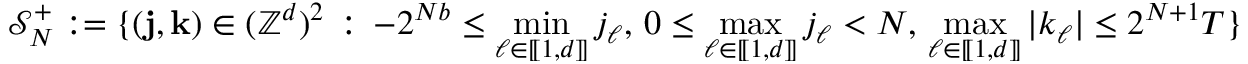
\mathcal { S } _ { N } ^ { + } : = \{ ( \mathbf { j } , \mathbf { k } ) \in ( \mathbb { Z } ^ { d } ) ^ { 2 } \, : \, - 2 ^ { N b } \leq \operatorname* { m i n } _ { \ell \in [ \! [ 1 , d ] \! ] } j _ { \ell } , \, 0 \leq \operatorname* { m a x } _ { \ell \in [ \! [ 1 , d ] \! ] } j _ { \ell } < N , \, \operatorname* { m a x } _ { \ell \in [ \! [ 1 , d ] \! ] } | k _ { \ell } | \leq 2 ^ { N + 1 } T \}